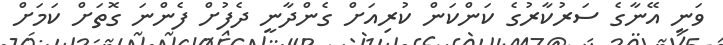
ވަނީ އޭނާގެ ސަރުކާރުގެ ކަންކަން ކުރިއަށް ގެންދާނީ ދެފުށް ފެންނަ ގޮތަށް ކަމަށް